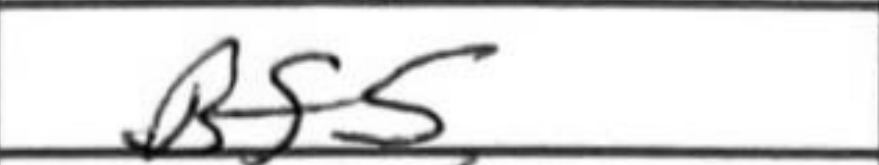
Transcription: Bf5